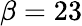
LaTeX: \beta=23